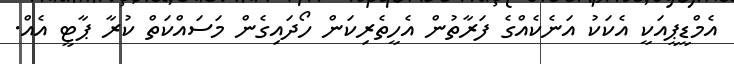
އެމްޑީޕީއަކީ އެކަކު އަނެކެއްގެ ފަރާތުން އެހީތެރިކަން ހޯދައިގެން މަސައްކަތް ކުރާ ޕާޓީ އެއް.